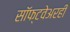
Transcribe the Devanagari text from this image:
सॉफ्टवेअरही